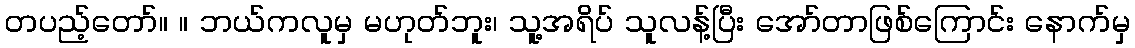
တပည့်တော်။ ။ ဘယ်ကလူမှ မဟုတ်ဘူး၊ သူ့အရိပ် သူလန့်ပြီး အော်တာဖြစ်ကြောင်း နောက်မှ